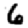
Digit: 6